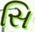
સિ